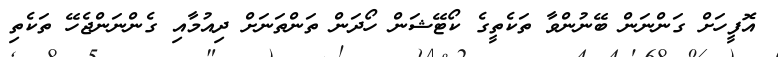
އޮފީހަށް ގަންނަން ބޭނުންވާ ތަކެތީގެ ކޯޓޭޝަން ހޯދަން ތަންތަނަށް ދިއުމާއި ގެންނަންޖެހޭ ތަކެތި